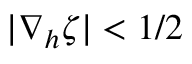
| \nabla _ { h } \zeta | < 1 / 2